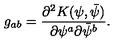
g _ { a b } = { \frac { \partial ^ { 2 } K ( \psi , \bar { \psi } ) } { \partial \psi ^ { a } \partial \bar { \psi } ^ { b } } } .